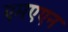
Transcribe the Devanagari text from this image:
एमएएन